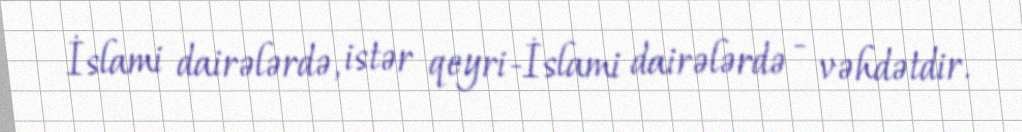
İslami dairələrdə, istər qeyri-İslami dairələrdə - vəhdətdir.